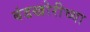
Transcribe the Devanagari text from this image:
बंडखोरीच्या